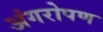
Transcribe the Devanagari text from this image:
अंगरोपण